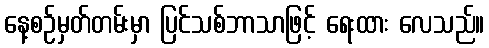
နေ့စဉ်မှတ်တမ်းမှာ ပြင်သစ်ဘာသာဖြင့် ရေးထား လေသည်။